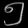
Digit: ၅